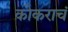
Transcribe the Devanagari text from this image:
कोकराचं